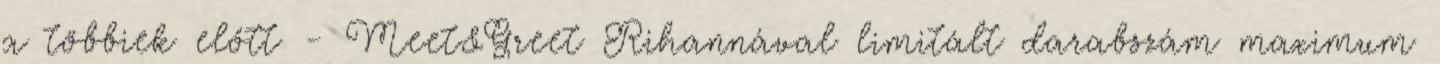
a többiek előtt - Meet&Greet Rihannával limitált darabszám maximum